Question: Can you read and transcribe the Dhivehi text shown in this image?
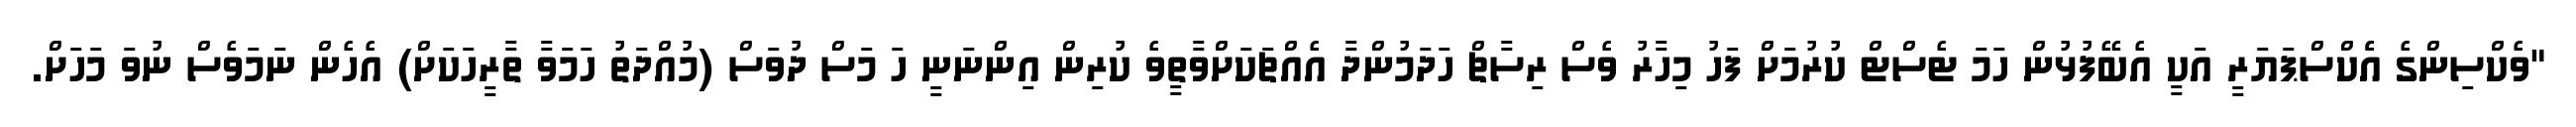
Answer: "ވެކްސިންގެ އެެކްސްޕަޔަރީ އަކީ އެބޭފުޅުން ހަމަ ޓެސްޓް ކުރުމަށް ފަހު މިހާރު ވެސް ރިސާޗް ހަދަމުންދާ އެއްޗަކަށްވާތީވެ ކުރިން އިންނަނީ ހަ މަސް ދުވަސް (މުއްދަތު ހަމަވާ ތާރީހަކަށް) އެހެން ނަމަވެސް ނުވަ މަހަށް.